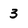
Character: 3